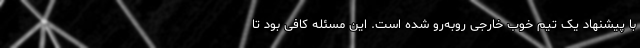
با پیشنهاد یک تیم خوب خارجی روبه‌رو شده است. این مسئله کافی بود تا